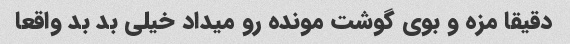
دقیقا مزه و بوی گوشت مونده رو میداد خیلی بد بد واقعا